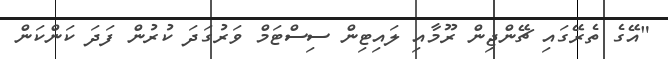
"އޭގެ ތެރޭގައި ޗޭންޖިން ރޫމާއި ލައިޓިން ސިސްޓަމް ވަރުގަދަ ކުރުން ފަދަ ކަންކަން